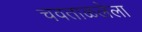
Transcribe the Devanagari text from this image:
चवताळलेला